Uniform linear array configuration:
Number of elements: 48
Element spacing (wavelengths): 0.5
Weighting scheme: cosine
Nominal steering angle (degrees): -30
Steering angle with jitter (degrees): -29.552
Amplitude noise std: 0.05
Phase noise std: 0.05

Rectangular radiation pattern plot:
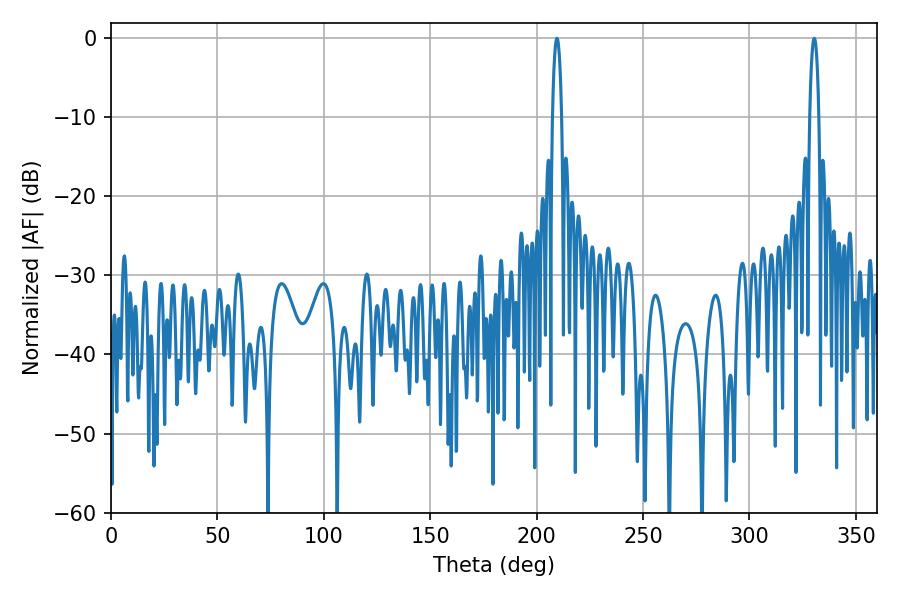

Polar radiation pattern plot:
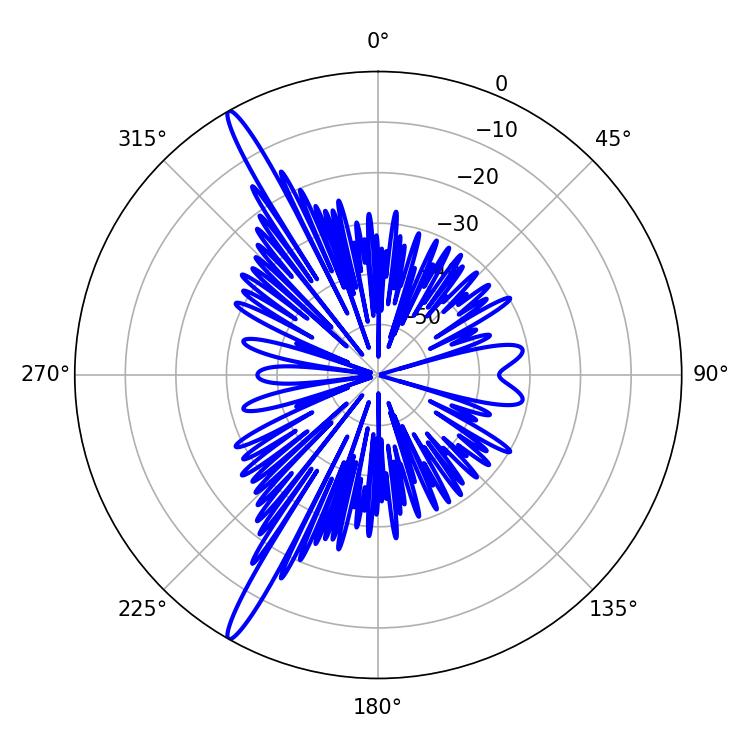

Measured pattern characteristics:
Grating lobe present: FALSE
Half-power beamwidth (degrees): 2.34
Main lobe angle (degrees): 209.52